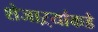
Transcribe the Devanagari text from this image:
शेजाऱ्यांकडे